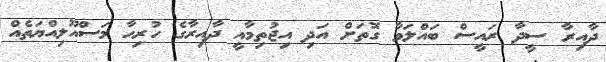
ދާއިރާ ސީދާ ރައީސް ބައްލަވާ ގޮތަށް އަދި އިޖުތިމާއީ ދާއިރާގެ ހުރިހާ މަސްއޫލިއްޔަތެއް